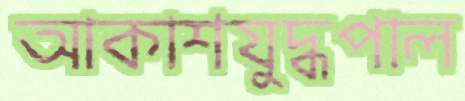
আকাশযুদ্ধপাল